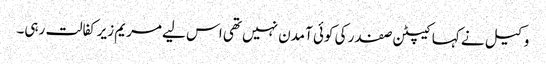
وکیل نے کہا کیپٹن صفدر کی کوئی آمدن نہیں تھی اس لیے مریم زیرکفالت رہی۔